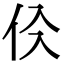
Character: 𠇒